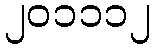
၂၀၁၁၁၂